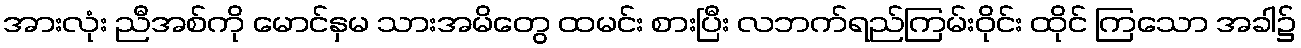
အားလုံး ညီအစ်ကို မောင်နှမ သားအမိတွေ ထမင်း စားပြီး လဘက်ရည်ကြမ်းဝိုင်း ထိုင် ကြသော အခါ၌